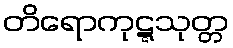
တိရောကုဋ္ဋသုတ္တ